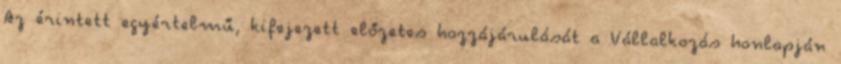
Az érintett egyértelmű, kifejezett előzetes hozzájárulását a Vállalkozás honlapján